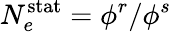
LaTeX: N_{e}^{\mathrm{stat}}=\phi^{r}/\phi^{s}